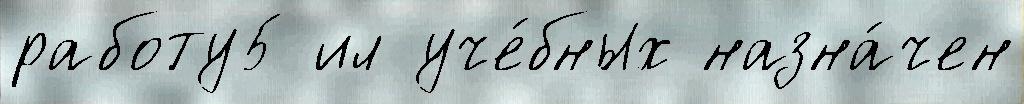
работу5 ил уче́бных назна́чен